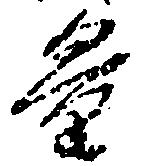
量